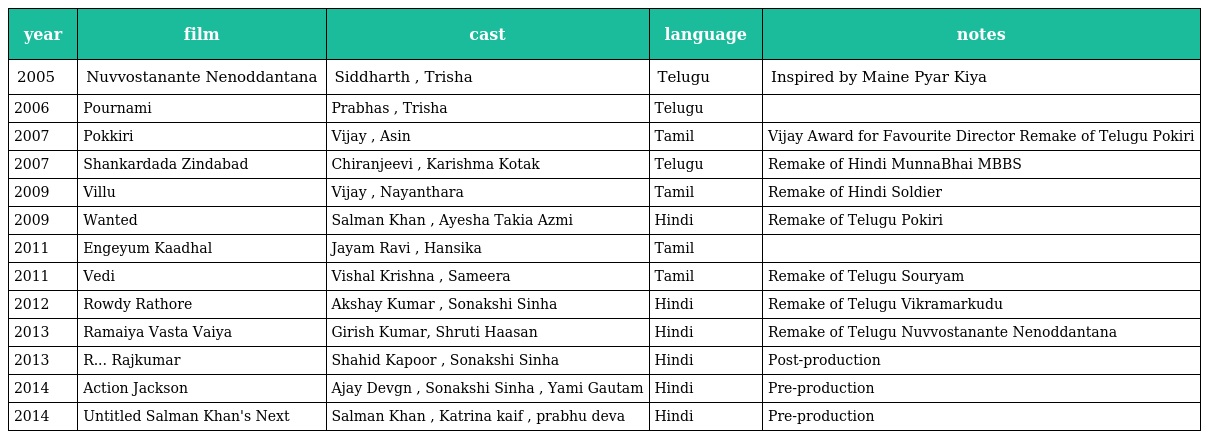
| year | film | cast | language | notes |
 | --- | --- | --- | --- | --- |
 | 2005 | Nuvvostanante Nenoddantana | Siddharth , Trisha | Telugu | Inspired by Maine Pyar Kiya |
 | 2006 | Pournami | Prabhas , Trisha | Telugu |  |
 | 2007 | Pokkiri | Vijay , Asin | Tamil | Vijay Award for Favourite Director Remake of Telugu Pokiri |
 | 2007 | Shankardada Zindabad | Chiranjeevi , Karishma Kotak | Telugu | Remake of Hindi MunnaBhai MBBS |
 | 2009 | Villu | Vijay , Nayanthara | Tamil | Remake of Hindi Soldier |
 | 2009 | Wanted | Salman Khan , Ayesha Takia Azmi | Hindi | Remake of Telugu Pokiri |
 | 2011 | Engeyum Kaadhal | Jayam Ravi , Hansika | Tamil |  |
 | 2011 | Vedi | Vishal Krishna , Sameera | Tamil | Remake of Telugu Souryam |
 | 2012 | Rowdy Rathore | Akshay Kumar , Sonakshi Sinha | Hindi | Remake of Telugu Vikramarkudu |
 | 2013 | Ramaiya Vasta Vaiya | Girish Kumar, Shruti Haasan | Hindi | Remake of Telugu Nuvvostanante Nenoddantana |
 | 2013 | R... Rajkumar | Shahid Kapoor , Sonakshi Sinha | Hindi | Post-production |
 | 2014 | Action Jackson | Ajay Devgn , Sonakshi Sinha , Yami Gautam | Hindi | Pre-production |
 | 2014 | Untitled Salman Khan's Next | Salman Khan , Katrina kaif , prabhu deva | Hindi | Pre-production |